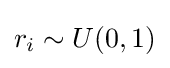
r_{i}\sim U(0,1)